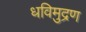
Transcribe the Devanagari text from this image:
धविमुद्रण